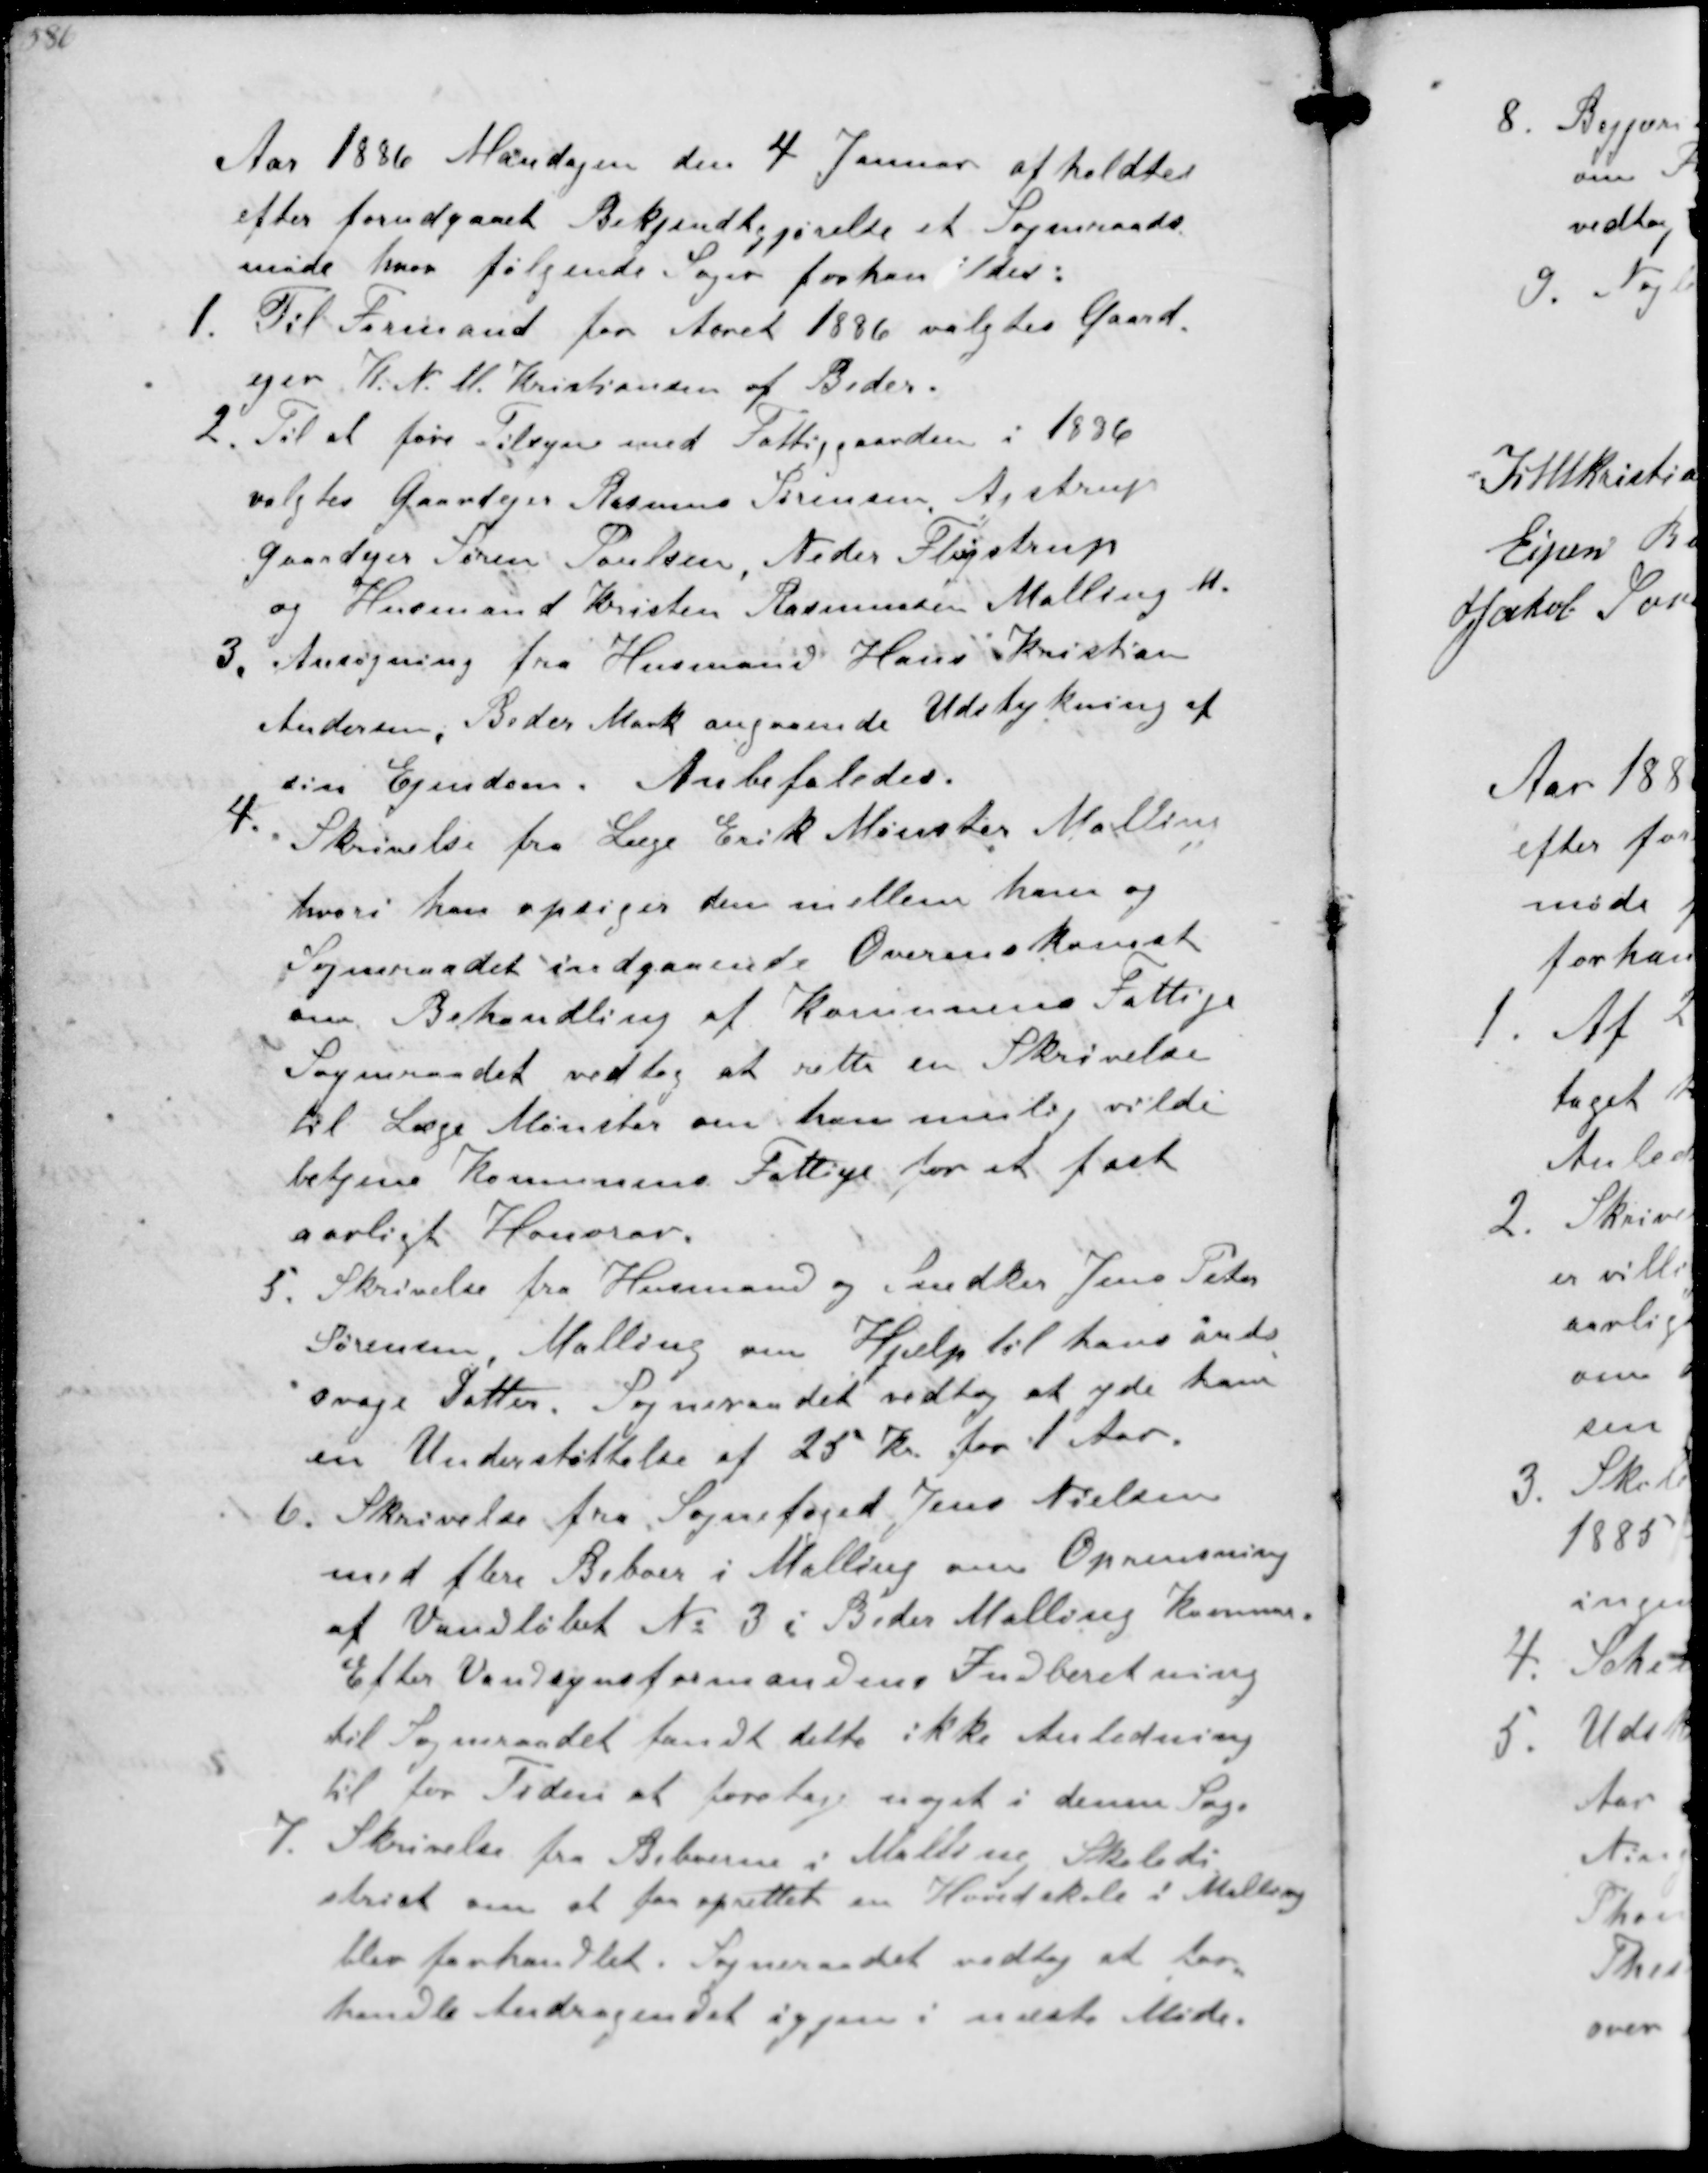
Transskription:
Aar 1886 Mandagen den 4 Januar afholdtes
efter forudgaaet Bekjendtgjørelse et Sogneraads-
møde hvor følgende Sager forhandledes
1. Til Formand for Aaret 1886 valgtes Gaard-
ejer K. N. M. Kristiansen af Beder.
2. Til at føre Tilsyn med Fattiggaarden i 1886
valgtes Gaardejer Rasmus Sørensen, Ajstrup
Gaardejer Søren Poulsen, Neder Fløjstrup
og Husmand Kristen Rasmussen Malling M.
3. Ansøgning fra Husmand Hans Kristian
Andersen, Beder Mark angaaende Udstykning af
sin Ejendom. Anbefaledes.
4. Skrivelse fra Læge Erik Mønster Malling
hvori han opsiger den mellem ham og
Sogneraadet indgaaende Overenskomst
om Behandling af Kommunens Fattige
Sogneraadet vedtog at rette en Skrivelse
til Læge Mønster om han mulig vilde
betjene Kommunens Fattige for at fast
aarligt Honorar.
5.
Skrivelse fra Husmand og Snedker Jens Peter
Sørensen, Malling om Hjælp til hans and-
svage Datter. Sogneraadet vedtog at yde ham
en Understøttelse af 25 Kr for 1 Aar.
6. Skrivelse fra Sognefoged Jens Nielsen
med flere Beboer i Malling om Oprensning
af Vandløbet No 3 i Beder Malling Kommune.
Efter Vandsynsformandens Indberetning
til Sogneraadet fandt dette ikke Anledning
til for Tiden at foretage noget i denne Sag
7. Skrivelse fra Beboerne i Malling Skoledi-
strict om at faa oprettet en Hovedskole i Malling
blev forhandlet. Sogneraadet vedtog at for-
handle Andragendet igjen i næste Møde.